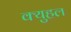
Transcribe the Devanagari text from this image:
क्युहल